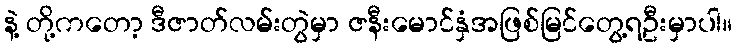
နဲ့ တို့ကတော့ ဒီဇာတ်လမ်းတွဲမှာ ဇနီးမောင်နှံအဖြစ်မြင်တွေ့ရဦးမှာပါ။